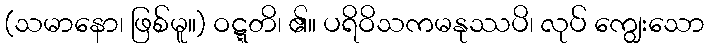
(သမာနော၊ ဖြစ်မူ။) ဝဋ္ဋတိ၊ ၏။ ပရိဝိသကမနုဿပိ၊ လုပ် ကျွေးသော